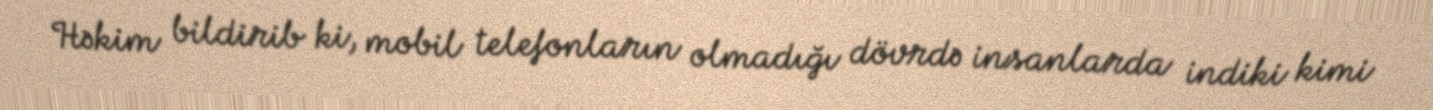
Həkim bildirib ki, mobil telefonların olmadığı dövrdə insanlarda indiki kimi